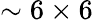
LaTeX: \sim 6\times 6